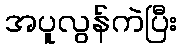
အပူလွန်ကဲပြီး